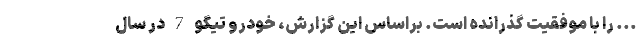
... را با موفقیت گذرانده است. براساس این گزارش، خودرو تیگو 7 در سال